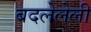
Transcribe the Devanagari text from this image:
बदलेलेली